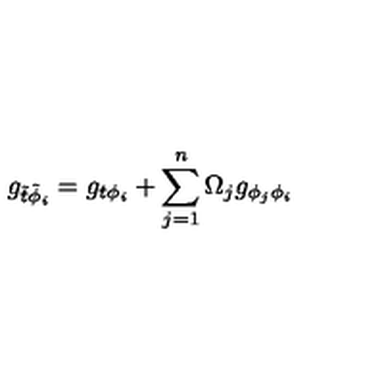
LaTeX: g _ { \tilde { t } \tilde { \phi } _ { i } } = g _ { t \phi _ { i } } + \sum _ { j = 1 } ^ { n } \Omega _ { j } g _ { \phi _ { j } \phi _ { i } }